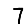
Digit: 7